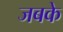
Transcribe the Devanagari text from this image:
जबके